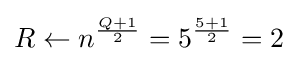
R\leftarrow n^{\frac {Q+1}{2}}=5^{\frac {5+1}{2}}=2